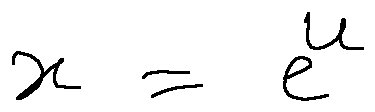
x = e ^ { u }